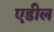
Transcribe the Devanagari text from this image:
एडील